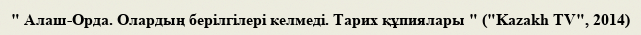
" Алаш-Орда. Олардың берілгілері келмеді. Тарих құпиялары " ("Kazakh TV", 2014)